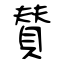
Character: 賛